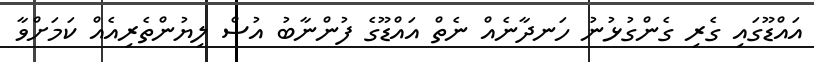
އައްޑޫގައި ގެރި ގެންގުޅުނު ހަނދާނެއް ނެތް އައްޑޫގެ ފުންނާބު އުސް ލިޔުންތެރިއެއް ކަމަށްވާ